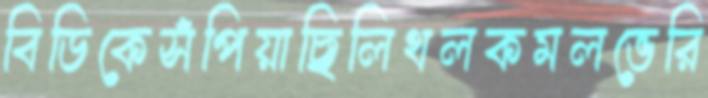
বিডিকেসঁপিয়াছিলিথলকমলভেরি